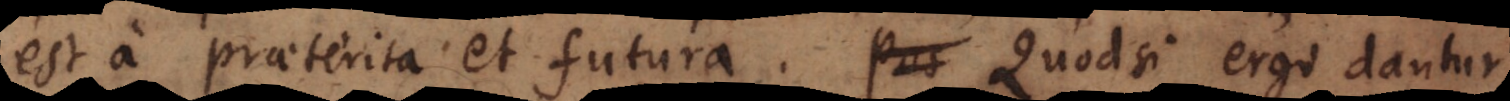
est a praeterita et futura. Pos Quodsi ergo dantur